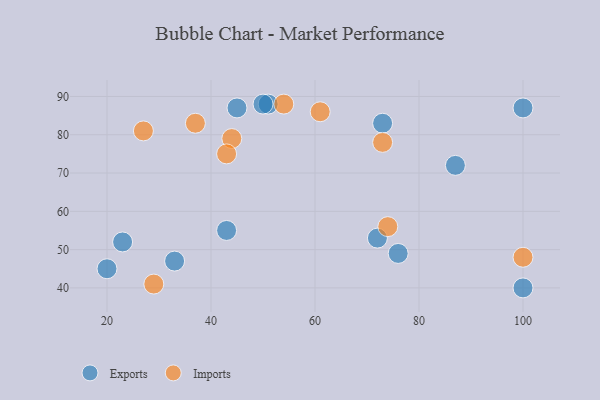
{"axis": {"x": "GDP", "y": "Life Expectancy"}, "legend": ["Exports", "Imports"], "data": [{"x": "20", "y": 45, "type": "Exports"}, {"x": "43", "y": 55, "type": "Exports"}, {"x": "23", "y": 52, "type": "Exports"}, {"x": "100", "y": 87, "type": "Exports"}, {"x": "100", "y": 40, "type": "Exports"}, {"x": "72", "y": 53, "type": "Exports"}, {"x": "51", "y": 88, "type": "Exports"}, {"x": "76", "y": 49, "type": "Exports"}, {"x": "45", "y": 87, "type": "Exports"}, {"x": "50", "y": 88, "type": "Exports"}, {"x": "87", "y": 72, "type": "Exports"}, {"x": "33", "y": 47, "type": "Exports"}, {"x": "73", "y": 83, "type": "Exports"}, {"x": "73", "y": 78, "type": "Imports"}, {"x": "44", "y": 79, "type": "Imports"}, {"x": "100", "y": 48, "type": "Imports"}, {"x": "27", "y": 81, "type": "Imports"}, {"x": "37", "y": 83, "type": "Imports"}, {"x": "43", "y": 75, "type": "Imports"}, {"x": "74", "y": 56, "type": "Imports"}, {"x": "29", "y": 41, "type": "Imports"}, {"x": "54", "y": 88, "type": "Imports"}, {"x": "61", "y": 86, "type": "Imports"}]}